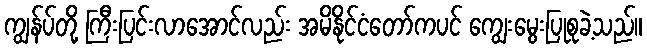
ကျွန်ပ်တို့ ကြီးပြင်းလာအောင်လည်း အမိနိုင်ငံတော်ကပင် ကျွေးမွေးပြုစုခဲ့သည်။